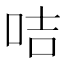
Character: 咭